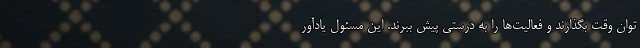
توان وقت بگذارند و فعالیت‌ها را به درستی پیش ببرند. این مسئول یادآور